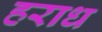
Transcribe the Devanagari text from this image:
हराध